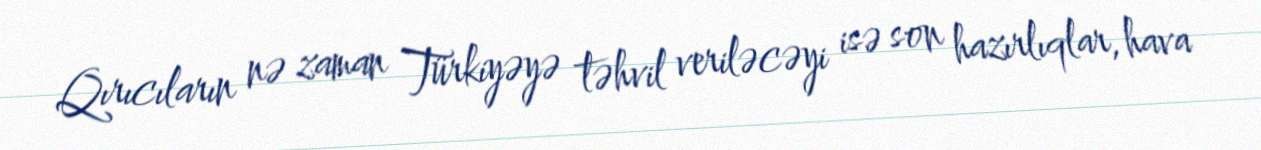
Qırıcıların nə zaman Türkiyəyə təhvil veriləcəyi isə son hazırlıqlar, hava